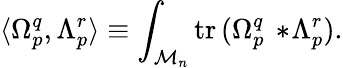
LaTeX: \langle\Omega_{p}^{q},\Lambda_{p}^{r}\rangle\equiv\int_{{\cal M}_{n}}\mathrm{tr}\, (\Omega_{p}^{q}\, *\! \Lambda_{p}^{r}).